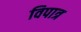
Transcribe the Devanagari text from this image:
विपात्र